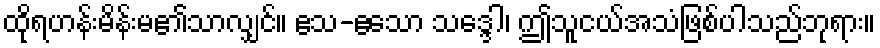
ထိုရဟန်းမိန်းမ၏သာလျှင်။ ဧသ-ဧသော သဒ္ဒေါ၊ ဤသူငယ်အသံဖြစ်ပါသည်ဘုရား။